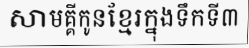
សាមគ្គីកូនខ្មែរក្នុងទឹកទី៣